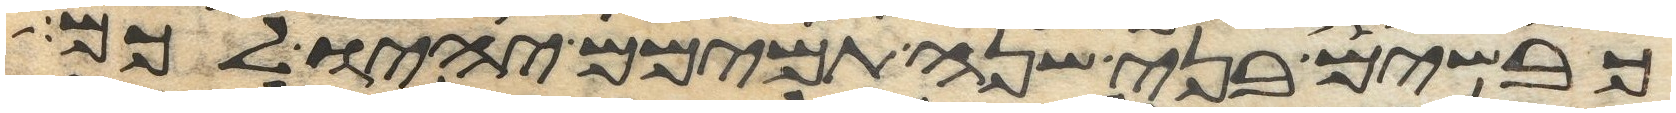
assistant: כבשים בני שנה תמימם יהיו לכם